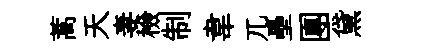
蒿天妻檢制韋兀壘團黛